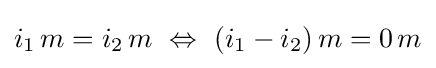
i_{1}\,m=i_{2}\,m\ \Leftrightarrow \ (i_{1}-i_{2})\,m=0\,m